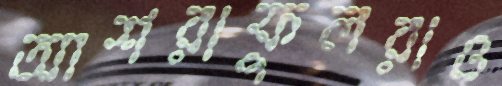
আশরাফুলরাও